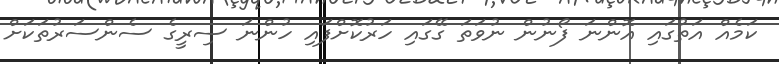
ކަމެއް އަތުގައި އޮންނަ ފޯނުން ނުވަތަ ގޭގައި ހަރުކޮށްފައި ހުންނަ ސިރީގެ ސެންސަރުތަކަށް